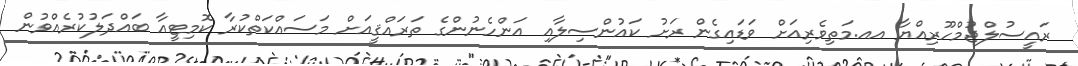
ރައީސުލްޖުމްހޫރިއްޔާ އއ.މަތިވެރިއަށް ވަޑައިގެން ރަށު ކައުންސިލާއި އަންހެނުންގެ ތަރައްޤީއަށް މަސައްކަތްކުރާ ކޮމިޓީއާ ބައްދަލުކުރެއްވުން